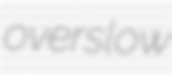
overslow